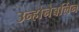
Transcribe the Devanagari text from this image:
उन्होनेबर्लिन